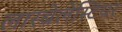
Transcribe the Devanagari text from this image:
लारबेलेस्टियर